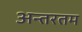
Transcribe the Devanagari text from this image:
अन्तरतम